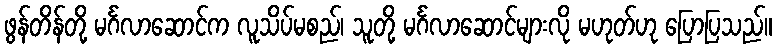
ဖွန်တိန်တို့ မင်္ဂလာဆောင်က လူသိပ်မစည်၊ သူတို့ မင်္ဂလာဆောင်များလို မဟုတ်ဟု ပြောပြသည်။